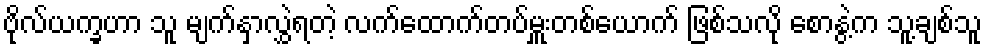
ဗိုလ်ယက္ခဟာ သူ မျက်နှာလွှဲရတဲ့ လက်ထောက်တပ်မှူးတစ်ယောက် ဖြစ်သလို စောနွဲ့က သူ့ချစ်သူ